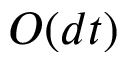
O ( d t )